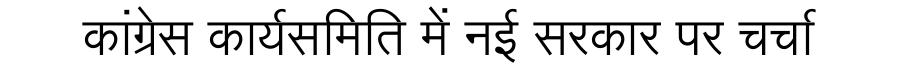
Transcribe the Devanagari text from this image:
कांग्रेस कार्यसमिति में नई सरकार पर चर्चा